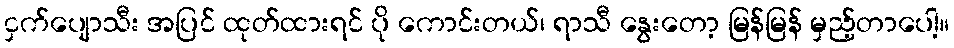
ငှက်ပျောသီး အပြင် ထုတ်ထားရင် ပို ကောင်းတယ်၊ ရာသီ နွေးတော့ မြန်မြန် မှည့်တာပေါ့။